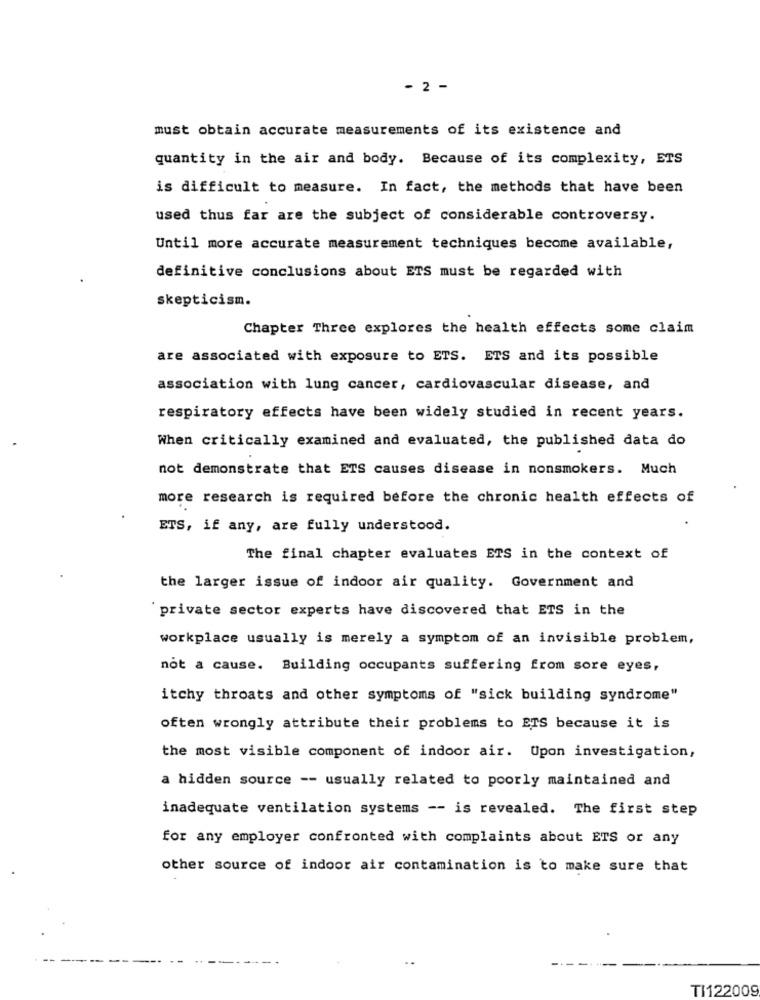
- 2 -
must obtain accurate measurements of its existence and
quantity in the air and body. Because of its complexity, ETS
is difficult to measure. In fact, the methods that have been
used thus far are the subject of considerable controversy.
Until more accurate measurement techniques become available,
definitive conclusions about ETS must be regarded with
skepticism.
Chapter Three explores the health effects some claim
are associated with exposure to ETS. ETS and its possible
association with lung cancer, cardiovascular disease, and
respiratory effects have been widely studied in recent years.
When critically examined and evaluated, the published data do
not demonstrate that ETS causes disease in nonsmokers. Much
more research is required before the chronic health effects of
ETS, if any, are fully understood.
The final chapter evaluates ETS in the context of
the larger issue of indoor air quality. Government and
private sector experts have discovered that ETS in the
workplace usually is merely a symptom of an invisible problem,
not a cause. Building occupants suffering from sore eyes,
itchy throats and other symptoms of "sick building syndrome"
often wrongly attribute their problems to ETS because it is
the most visible component of indoor air. Upon investigation,
a hidden source -- usually related to poorly maintained and
inadequate ventilation systems -- is revealed. The first step
for any employer confronted with complaints about ETS or any
other source of indoor air contamination is to make sure that
TI122009